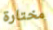
مختارة